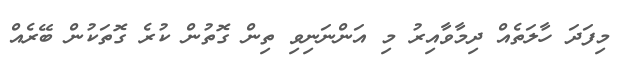
މިފަދަ ހާލަތެއް ދިމާވާއިރު މި އަންނަނިވި ތިން ގޮތުން ކުރެ ގޮތަކުން ބޭރެއް